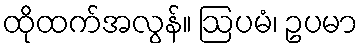
ထိုထက်အလွန်။ ဩပမံ၊ ဥပမာ